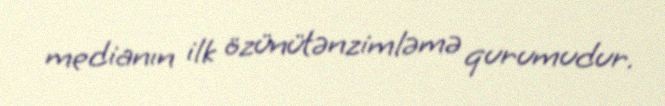
medianın ilk özünütənzimləmə qurumudur.